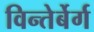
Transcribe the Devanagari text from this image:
विन्तेर्बेर्ग